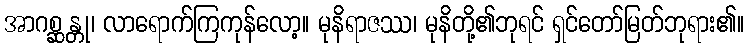
အာဂစ္ဆန္တု၊ လာရောက်ကြကုန်လော့။ မုနိရာဇဿ၊ မုနိတို့၏ဘုရင် ရှင်တော်မြတ်ဘုရား၏။